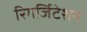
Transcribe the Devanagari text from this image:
रिगर्जिटेशन